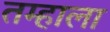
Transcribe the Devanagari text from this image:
तम्हाला